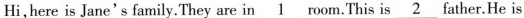
Hi,here is Jane's family.They are in\underline{1}room.This is \underline{2}father.He is